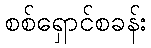
စစ်ရှောင်စခန်း